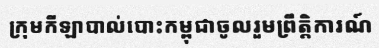
ក្រុមកីឡាបាល់បោះកម្ពុជាចូលរួមព្រឹត្តិការណ៍